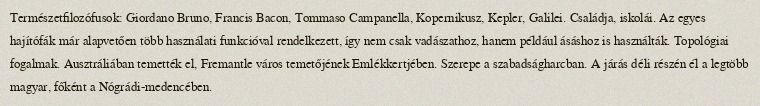
Természetfilozófusok: Giordano Bruno, Francis Bacon, Tommaso Campanella, Kopernikusz, Kepler, Galilei. Családja, iskolái. Az egyes hajítófák már alapvetően több használati funkcióval rendelkezett, így nem csak vadászathoz, hanem például ásáshoz is használták. Topológiai fogalmak. Ausztráliában temették el, Fremantle város temetőjének Emlékkertjében. Szerepe a szabadságharcban. A járás déli részén él a legtöbb magyar, főként a Nógrádi-medencében.